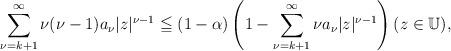
LaTeX: \begin{align*}\sum_{\nu=k+1}^{\infty} \nu(\nu-1) a_{\nu} |z|^{\nu-1}\leqq (1-\alpha) \left(1-\sum_{\nu=k+1}^{\infty} \nu a_{\nu} |z|^{\nu-1}\right)(z \in \mathbb{U}),\end{align*}